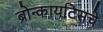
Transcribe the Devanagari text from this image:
ब्रोन्कायटिसचे